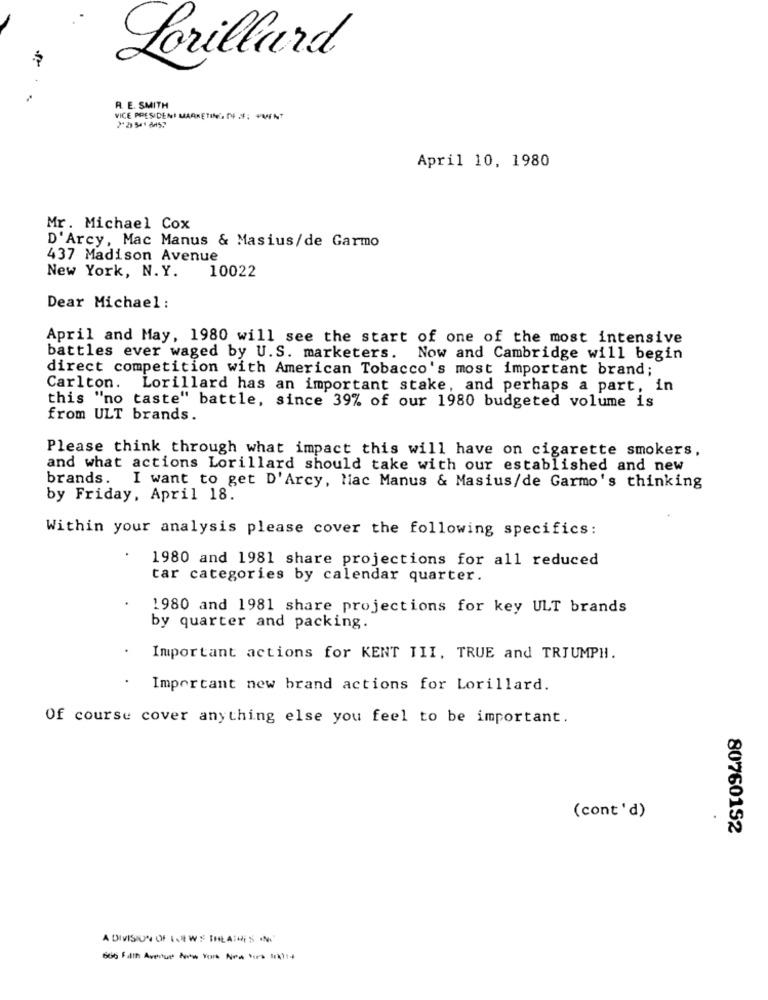
Lorillard
R. E. SMITH
VICE PRESIDENI MARKETING DE IF: VMENT
April 10, 1980
Mr. Michael Cox
D'Arcy, Mac Manus & Masius/de Garmo
437 Madison Avenue
New York, N.Y.
10022
Dear Michael :
April and May, 1980 will see the start of one of the most intensive
battles ever waged by U.S. marketers. Now and Cambridge will begin
direct competition with American Tobacco's most important brand;
Carlton.
Lorillard has an important stake, and perhaps a part, in
this "no taste" battle, since 39% of our 1980 budgeted volume is
from ULT brands.
Please think through what impact this will have on cigarette smokers,
and what actions Lorillard should take with our established and new
brands. I want to get D'Arcy, Mac Manus & Masius/de Garmo's thinking
by Friday, April 18.
Within your analysis please cover the following specifics:
1980 and 1981 share projections for all reduced
tar categories by calendar quarter.
1980 and 1981 share projections for key ULT brands
by quarter and packing.
Important actions for KENT TII, TRUE and TRIUMPH.
.
Important new brand actions for Lorillard.
Of course cover anything else you feel to be important.
(cont'd)
807601S2
A DIVISION OF LOEWS IHLATHES INC
666 Filth Avenue Nrw Tor Noa Vos 1r)14